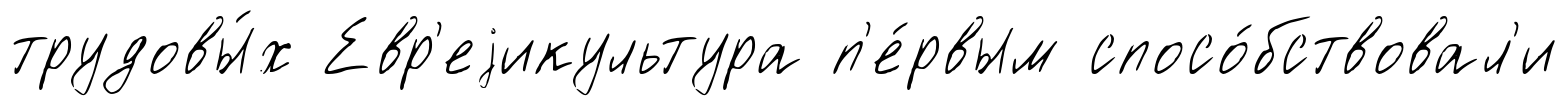
трудовы́х Евр'еjикультура п'е́рвым спосо́бствовал'и